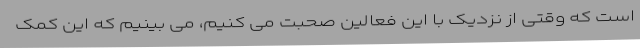
است که وقتی از نزدیک با این فعالین صحبت می کنیم، می بینیم که این کمک